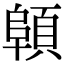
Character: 顊